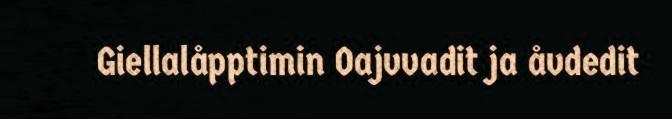
Giellalåpptimin Oajvvadit ja åvdedit